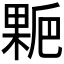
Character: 𰘋